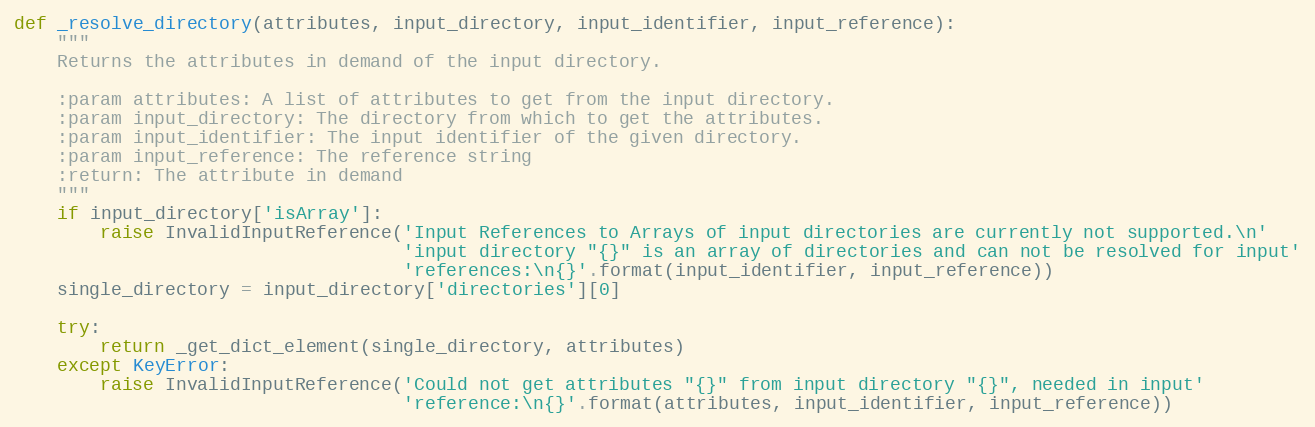
Language: Python
def _resolve_directory(attributes, input_directory, input_identifier, input_reference):
    """
    Returns the attributes in demand of the input directory.

    :param attributes: A list of attributes to get from the input directory.
    :param input_directory: The directory from which to get the attributes.
    :param input_identifier: The input identifier of the given directory.
    :param input_reference: The reference string
    :return: The attribute in demand
    """
    if input_directory['isArray']:
        raise InvalidInputReference('Input References to Arrays of input directories are currently not supported.\n'
                                    'input directory "{}" is an array of directories and can not be resolved for input'
                                    'references:\n{}'.format(input_identifier, input_reference))
    single_directory = input_directory['directories'][0]

    try:
        return _get_dict_element(single_directory, attributes)
    except KeyError:
        raise InvalidInputReference('Could not get attributes "{}" from input directory "{}", needed in input'
                                    'reference:\n{}'.format(attributes, input_identifier, input_reference))